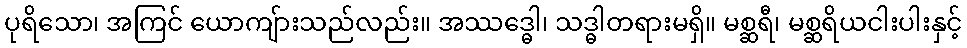
ပုရိသော၊ အကြင် ယောကျ်ားသည်လည်း။ အဿဒ္ဓေါ၊ သဒ္ဓါတရားမရှိ။ မစ္ဆရီ၊ မစ္ဆရိယငါးပါးနှင့်